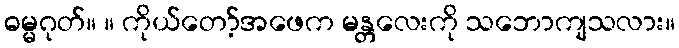
ဓမ္မဂုတ်။ ။ ကိုယ်တော့်အဖေက မန္တလေးကို သဘောကျသလား။